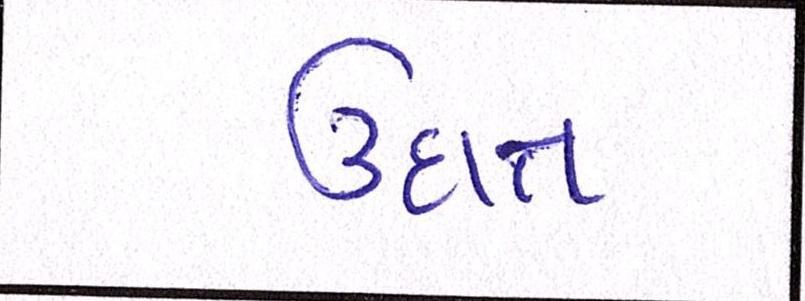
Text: ઉદાત્ત